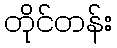
တိုင်တန်း